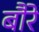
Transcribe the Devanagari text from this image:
बौरे